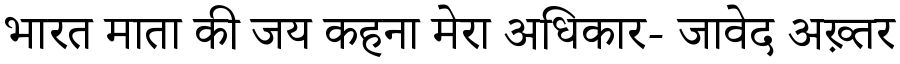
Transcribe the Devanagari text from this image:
भारत माता की जय कहना मेरा अधिकार- जावेद अख़्तर